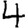
Digit: 4